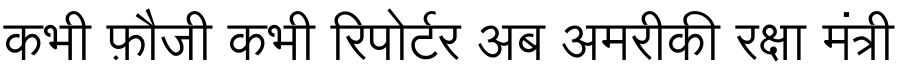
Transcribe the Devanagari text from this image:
कभी फ़ौजी कभी रिपोर्टर अब अमरीकी रक्षा मंत्री